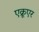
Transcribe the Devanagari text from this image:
एक्रूएर